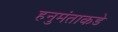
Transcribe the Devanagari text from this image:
हनुमंताकडे